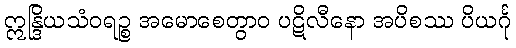
ဣန္ဒြိယသံဝရဉ္စ အမောစေတွာဝ ပဋိလီနော အပိစဿ ပိယင်္ဂု